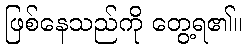
ဖြစ်နေသည်ကို တွေ့ရ၏။